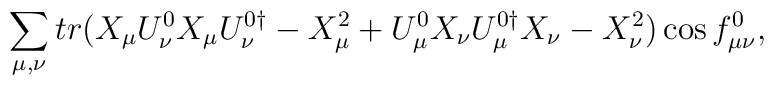
\sum_{\mu, \nu} { tr(X_\mu U_\nu^0 X_\mu U_\nu^{0\dagger}-X_\mu^2 +  U_\mu^0 X_\nu U_\mu^{0\dagger} X_\nu -X_\nu^2 )\cos{f_{\mu\nu}^0}},